Annual report of the Imperial Bacteriological Laboratory, Muktesar
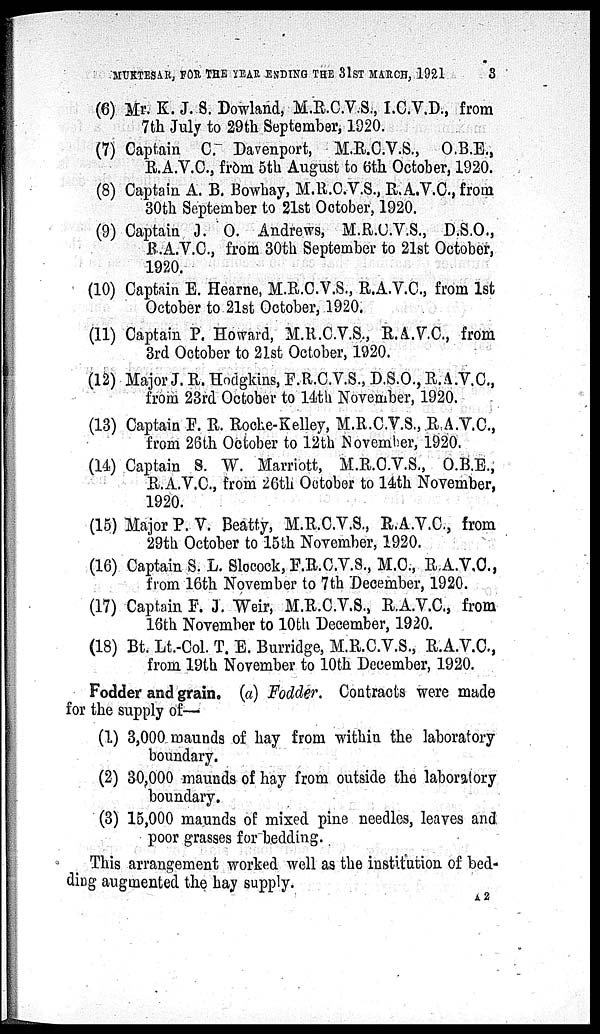
MUKTESAR, FOR THE YEAR ENDING THE 31ST MARCH, 1921
3
(6) Mr. K. J. S. Dowland, M.R.C.V.S., I.C.V.D., from
7th July to 29th September, 1920.
(7) Captain C. Davenport, M.R.C.V.S., O.B.E.,
R.A.V.C., from 5th August to 6th October, 1920.
(8) Captain A. B. Bowhay, M.R.C.V.S., R.A.V.C.,from
30th September to 21st October, 1920.
(9) Captain J. O. Andrews, M.R.C.V.S., D.S.O.,
B.A.V.C., from 30th September to 21st October,
1920.
(10) Captain E. Hearne, M.R.C.V.S., R.A.V.C., from 1st
October to 21st October, 1920.
(11) Captain P. Howard, M.R.C.V.S., R.A.V.C., from
3rd October to 21st October, 1920.
(12) Major J. R. Hodgkins, F.R.C.V.S., D.S.O., R.A.V.C.,
from 23rd October to 14th November, 1920.
(13) Captain F. R. Roche-Kelley, M.R.C.V.S., R.A.V.C.,
from 26th October to 12th November, 1920.
(14) Captain S. W. Marriott, M.R.C.V.S., O.B.E.,
R.A.V.C., from 26th October to 14th November,
1920.
(15) Major P. V. Beatty, M.R.C.V.S., R.A.V.C., from
29th October to 15th November, 1920.
(16) Captain S. L. Slocock, F.R.C.V.S., M.C., R.A.V.C.,
from 16th November to 7th December, 1920.
(17) Captain F. J. Weir, M.R.C.V.S., R.A.V.C., from
16th November to 10th December, 1920.
(18) Bt. Lt.-Col. T. E. Burridge, M.R.C.V.S., R.A.V.C.,
from 19th November to 10th December, 1920.
Fodder and grain. (a) Fodder. Contracts were made
for the supply of—
(1) 3,000 maunds of hay from within the laboratory
boundary.
(2) 30,000 maunds of hay from outside the laboratory
boundary.
(3) 15,000 maunds of mixed pine needles, leaves and
poor grasses for bedding.
This arrangement worked well as the institution of bed-
ding augmented the hay supply.
A 2